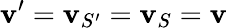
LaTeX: \mathbf{v}^{\prime}=\mathbf{v}_{S^{\prime}}=\mathbf{v}_{S}=\mathbf{v}